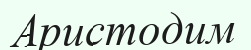
Аристодим